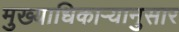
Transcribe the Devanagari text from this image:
मुख्याधिकार्‍यानुसार